Annual report on the mental hospital in the Central Provinces and Berar (Nagpur) - 1927-1951
Year: 1927
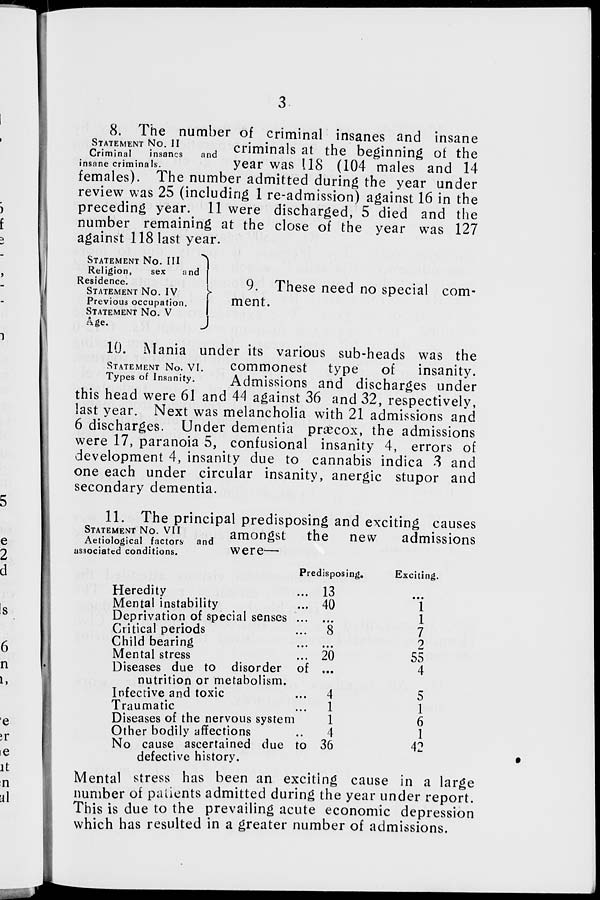
3
STATEMENT NO. II
Criminal
insanes and
insane criminals.
8. The number of criminal insanes and insane
criminals at th
year was 118 (104 males and 14
females). The number admitted during the year under
review was 25 (including 1 re-admission) against 16 in the
preceding year. 11 were discharged, 5 died and the
number remaining at the close of the year was 127
against 118 last year.
STATEMENT NO. III
Religion,
sex
and
Residence.
STATEMENT NO. IV
Previous occupation.
STATEMENT NO. V
Age.
9. These need no special com-
ment.
STATEMENT NO. VI.
Types of Insanity.
10. Mania under its various sub-heads was the
commonest type
of
insanity.
Admissions and discharges under
this head were 61 and 44 against 36 and 32, respectively,
last year. Next was melancholia with 21 admissions and
6 discharges. Under dementia præcox, the admissions
were 17, paranoia 5, confusional insanity 4, errors of
development 4, insanity due to cannabis indica 3 and
one each under circular insanity, anergic stupor and
secondary dementia.
STATEMENT NO. VII
Aetiological factors and
associated conditions.
11. The principal predisposing and exciting causes
amongst the new
admissions
were—
Predisposing.
Heredity ...
Mental instability ...
Deprivation of special senses ...
Critical periods ...
Child bearing ...
Mental stress ...
Diseases due to disorder of
nutrition or metabolism.
Infective and toxic ...
Traumatic ...
Diseases of the nervous system
Other bodily affections ..
No cause ascertained due to
defective history.
13
40
...
8
...
20
...
4
1
1
4
36
Exciting.
...
1
1
7
2
55
4
5
1
6
1
42
Mental stress has been an exciting cause in a large
number of patients admitted during the year under report.
This is due to the prevailing acute economic depression
which has resulted in a greater number of admissions.